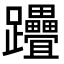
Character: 𨈈